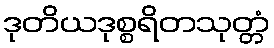
ဒုတိယဒုစ္စရိတသုတ္တံ